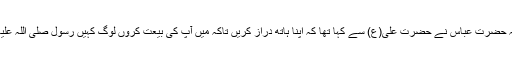
بعض کا یہ نظریہ بھی ہے کہ ایک شخص کے ذریعے بھی امامت حاصل ہو سکتی ہے کیونکہ حضرت عباس نے حضرت علی(ع) سے کہا تھا کہ اپنا ہاتھ دراز کریں تاکہ میں آپ کی بیعت کروں لوگ کہیں رسول صلی اللہ علیہ وآلہ وسلم کے چچا نے رسول صلی اللہ علیہ وآلہ وسلم کے چچازاد بھائی کی بیعت کر لی ہے۔